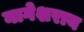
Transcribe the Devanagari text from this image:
नागेशराय